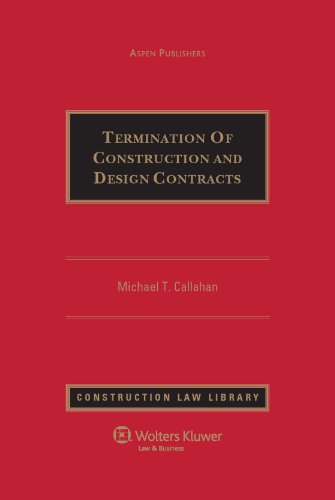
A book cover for Terminating Construction and Design Contracts; Michael T. Callahan; Law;